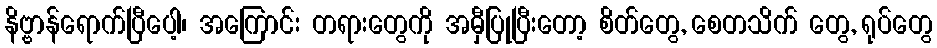
နိဗ္ဗာန်ရောက်ပြီပေါ့၊ အကြောင်း တရားတွေကို အမှီပြုပြီးတော့ စိတ်တွေ, စေတသိက် တွေ, ရုပ်တွေ